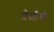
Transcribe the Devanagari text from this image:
शेळीची